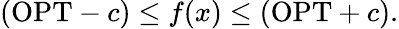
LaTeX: (\mathrm{OPT}-c)\leq f(x)\leq(\mathrm{OPT}+c).